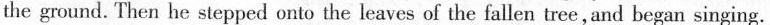
the ground. Then he stepped onto the leaves of the fallen tree,and began singing.